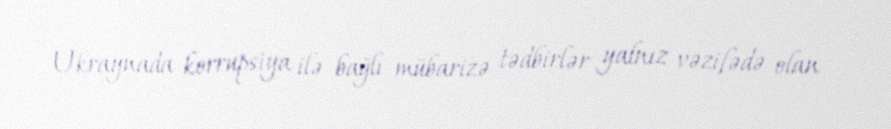
Ukraynada korrupsiya ilə bağlı mübarizə tədbirlər yalnız vəzifədə olan